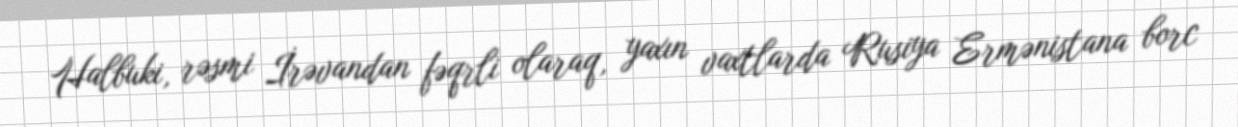
Halbuki, rəsmi İrəvandan fəqrli olaraq, yaxın vaxtlarda Rusiya Ermənistana borc